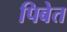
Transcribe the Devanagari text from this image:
पिबेत